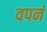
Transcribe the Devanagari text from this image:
वपनं